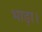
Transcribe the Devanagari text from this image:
भाड़ा।